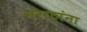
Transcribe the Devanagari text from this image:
मराठांना